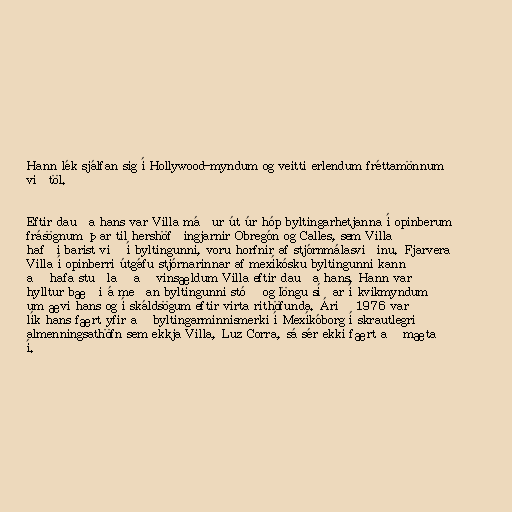
Hann lék sjálfan sig í Hollywood-myndum og veitti erlendum fréttamönnum
viðtöl.

Eftir dauða hans var Villa máður út úr hóp byltingarhetjanna í opinberum
frásögnum þar til hershöfðingjarnir Obregón og Calles, sem Villa
hafði barist við í byltingunni, voru horfnir af stjórnmálasviðinu. Fjarvera
Villa í opinberri útgáfu stjórnarinnar af mexíkósku byltingunni kann
að hafa stuðlað að vinsældum Villa eftir dauða hans. Hann var
hylltur bæði á meðan byltingunni stóð og löngu síðar í kvikmyndum
um ævi hans og í skáldsögum eftir virta rithöfunda. Árið 1976 var
lík hans fært yfir að byltingarminnismerki í Mexíkóborg í skrautlegri
almenningsathöfn sem ekkja Villa, Luz Corra, sá sér ekki fært að mæta
í.